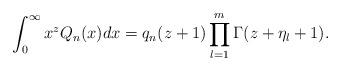
LaTeX: \begin{align*} \int_0^\infty x^{z} Q_n (x) dx = q_n(z+1) \prod_{l=1}^m \Gamma(z+ \eta_l+1) . \end{align*}